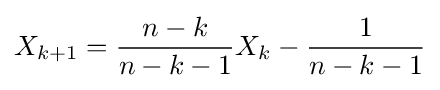
X_{k+1}={\frac {n-k}{n-k-1}}X_{k}-{\frac {1}{n-k-1}}